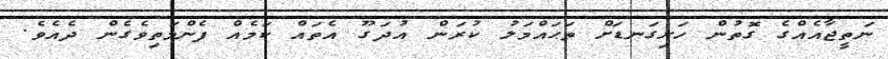
ނަތީޖާއެއްގެ ގޮތުން ހަށިގަނޑަށް ތަޙައްމަލު ކުރަން އުދަގޫ އެތައް ކަމެއް ފެންމަތިވެގެން ދެއެވެ.